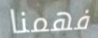
فهمنا